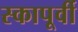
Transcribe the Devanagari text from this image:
स्कापूर्वी